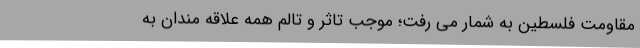
مقاومت فلسطین به شمار می رفت؛ موجب تاثر و تالم همه علاقه مندان به